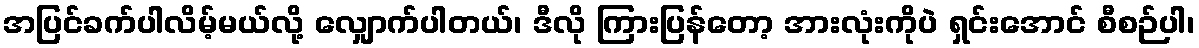
အပြင်ခက်ပါလိမ့်မယ်လို့ လျှောက်ပါတယ်၊ ဒီလို ကြားပြန်တော့ အားလုံးကိုပဲ ရှင်းအောင် စီစဉ်ပါ၊